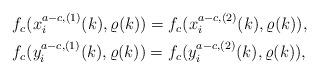
LaTeX: \begin{align*}\begin{aligned}&f_c(x_i^{a-c,(1)}(k),\varrho(k))=f_c(x_i^{a-c,(2)}(k),\varrho(k)),\\&f_c(y_i^{a-c,(1)}(k),\varrho(k))=f_c(y_i^{a-c,(2)}(k),\varrho(k)),\end{aligned}\end{align*}